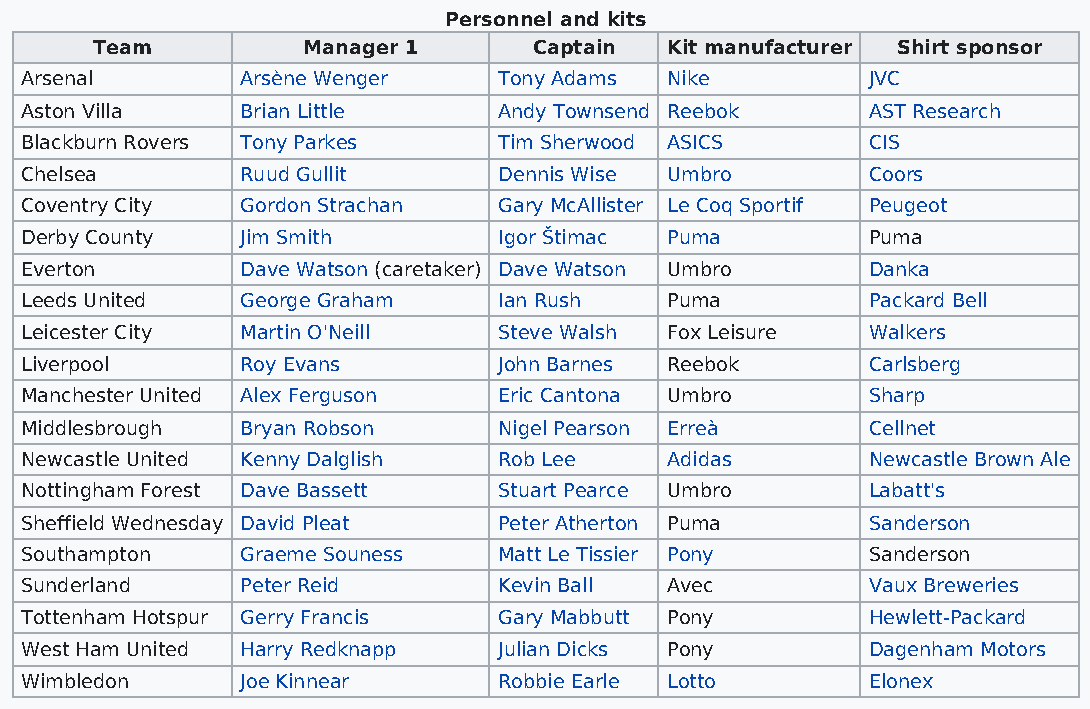
Personnel and kits
 Team          Manager 1      Captain  Kit manufacturer Shirt sponsor
 Arsenal        Arsène Wenger    Tony Adams Nike         JVC
 Aston Villa    Brian Little     Andy Townsend Reebok    AST Research
 Blackburn Rovers Tony Parkes    Tim Sherwood ASICS      CIS
 Chelsea        Ruud Gullit      Dennis Wise Umbro       Coors
 Coventry City  Gordon Strachan  Gary McAllister Le Coq Sportif Peugeot
 Derby County   Jim Smith        Igor Štimac Puma        Puma
 Everton        Dave Watson (caretaker) Dave Watson Umbro Danka
 Leeds United   George Graham    Ian Rush   Puma         Packard Bell
 Leicester City Martin O'Neill   Steve Walsh Fox Leisure Walkers
 Liverpool      Roy Evans        John Barnes Reebok      Carlsberg
 Manchester United Alex Ferguson Eric Cantona Umbro      Sharp
 Middlesbrough  Bryan Robson     Nigel Pearson Erreà     Cellnet
 Newcastle United Kenny Dalglish Rob Lee    Adidas       Newcastle Brown Ale
 Nottingham Forest Dave Bassett  Stuart Pearce Umbro     Labatt's
 Sheffield Wednesday David Pleat Peter Atherton Puma     Sanderson
 Southampton    Graeme Souness   Matt Le Tissier Pony    Sanderson
 Sunderland     Peter Reid       Kevin Ball Avec         Vaux Breweries
 Tottenham Hotspur Gerry Francis Gary Mabbutt Pony       Hewlett-Packard
 West Ham United Harry Redknapp  Julian Dicks Pony       Dagenham Motors
 Wimbledon      Joe Kinnear      Robbie Earle Lotto      Elonex